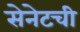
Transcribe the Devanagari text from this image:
सेनेटची